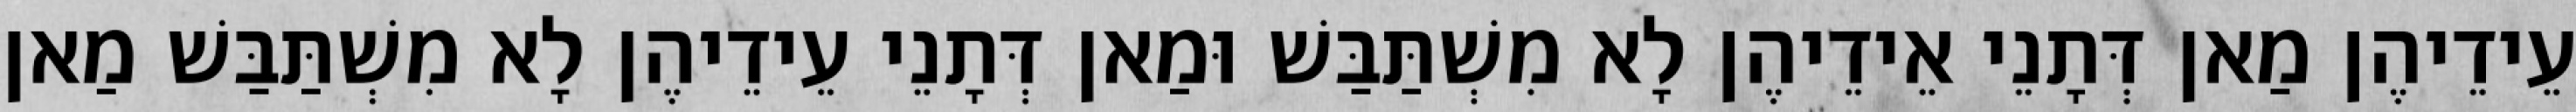
עֵידֵיהֶן מַאן דְּתָנֵי אֵידֵיהֶן לָא מִשְׁתַּבַּשׁ וּמַאן דְּתָנֵי עֵידֵיהֶן לָא מִשְׁתַּבַּשׁ מַאן